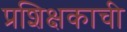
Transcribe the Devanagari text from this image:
प्रशिक्षकाची